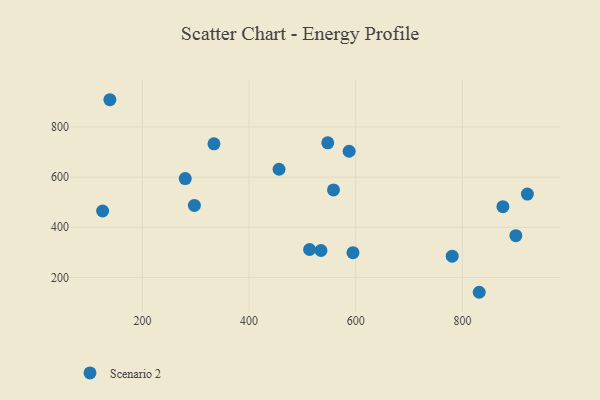
{"axis": {"x": "Speed", "y": "Sales"}, "legend": ["Scenario 2"], "data": [{"x": "456.2", "y": 631.3, "type": "Scenario 2"}, {"x": "547.5", "y": 736.5, "type": "Scenario 2"}, {"x": "138.9", "y": 908.5, "type": "Scenario 2"}, {"x": "780.9", "y": 284.6, "type": "Scenario 2"}, {"x": "534.8", "y": 307.3, "type": "Scenario 2"}, {"x": "831.6", "y": 140.8, "type": "Scenario 2"}, {"x": "921.9", "y": 532.2, "type": "Scenario 2"}, {"x": "876.0", "y": 482.1, "type": "Scenario 2"}, {"x": "587.6", "y": 703.0, "type": "Scenario 2"}, {"x": "513.4", "y": 311.4, "type": "Scenario 2"}, {"x": "125.3", "y": 464.8, "type": "Scenario 2"}, {"x": "558.3", "y": 548.8, "type": "Scenario 2"}, {"x": "280.2", "y": 594.0, "type": "Scenario 2"}, {"x": "334.1", "y": 732.7, "type": "Scenario 2"}, {"x": "900.3", "y": 366.3, "type": "Scenario 2"}, {"x": "594.8", "y": 298.6, "type": "Scenario 2"}, {"x": "297.4", "y": 487.0, "type": "Scenario 2"}]}